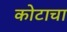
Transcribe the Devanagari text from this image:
कोटाचा